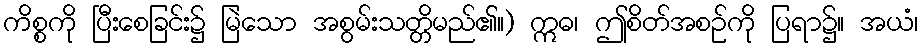
ကိစ္စကို ပြီးစေခြင်း၌ မြဲသော အစွမ်းသတ္တိမည်၏။) ဣဓ၊ ဤစိတ်အစဉ်ကို ပြရာ၌။ အယံ၊